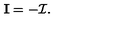
{ \mathbf I } = - { \mathcal I } .